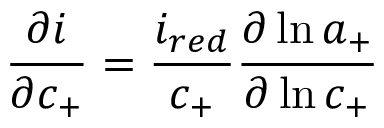
\frac { \partial i } { \partial c _ { + } } = \frac { i _ { r e d } } { c _ { + } } \frac { \partial \ln { a _ { + } } } { \partial \ln { c _ { + } } }